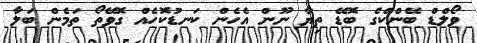
ވޯލްޑް ބޭންކްގެ ބޮޑޭ ތިޔާ ނޫން އެހެން ކަނޑުކޮހެއް ގޮވޭތޯ ތަމެން ބަލާ